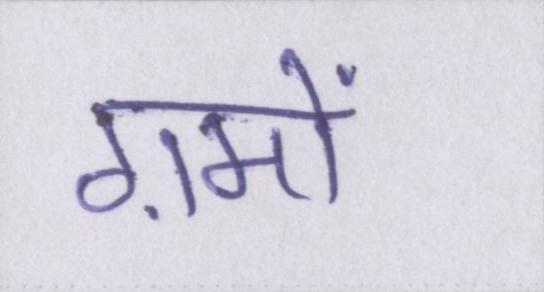
ग़मों